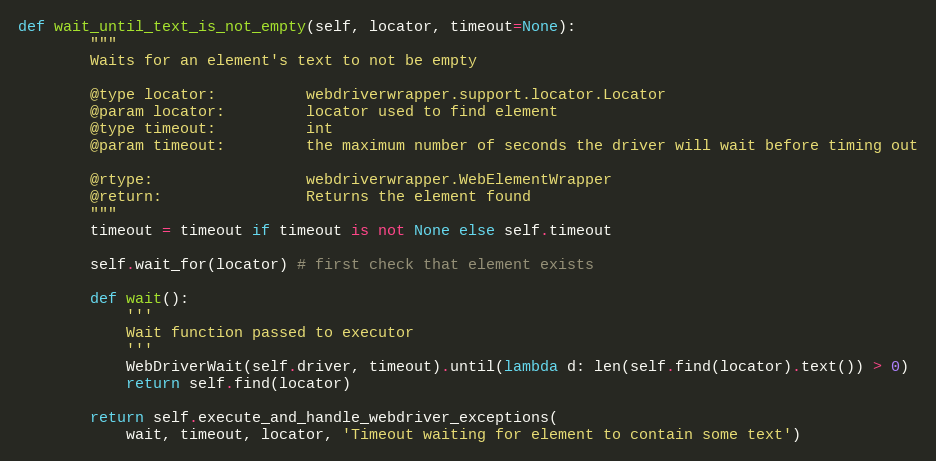
Language: Python
def wait_until_text_is_not_empty(self, locator, timeout=None):
        """
        Waits for an element's text to not be empty

        @type locator:          webdriverwrapper.support.locator.Locator
        @param locator:         locator used to find element
        @type timeout:          int
        @param timeout:         the maximum number of seconds the driver will wait before timing out

        @rtype:                 webdriverwrapper.WebElementWrapper
        @return:                Returns the element found
        """
        timeout = timeout if timeout is not None else self.timeout

        self.wait_for(locator) # first check that element exists

        def wait():
            '''
            Wait function passed to executor
            '''
            WebDriverWait(self.driver, timeout).until(lambda d: len(self.find(locator).text()) > 0)
            return self.find(locator)

        return self.execute_and_handle_webdriver_exceptions(
            wait, timeout, locator, 'Timeout waiting for element to contain some text')